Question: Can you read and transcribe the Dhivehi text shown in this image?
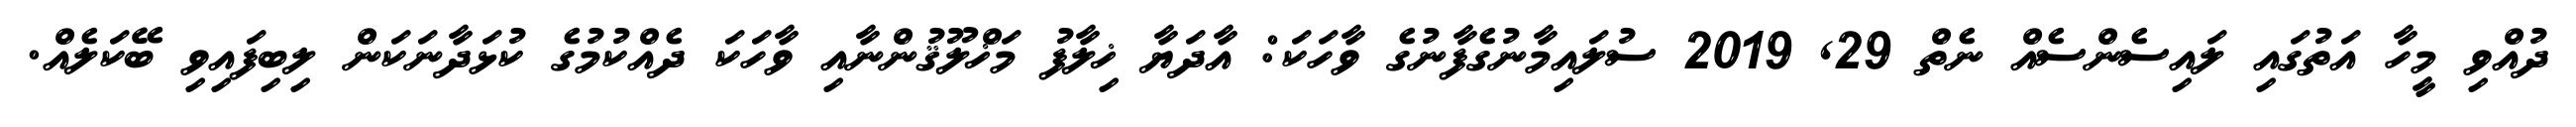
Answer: ދުއްވި މީހާ އަތުގައި ލައިސެންސެއް ނެތް 29, 2019 ސުލައިމާނުގެފާނުގެ ވާހަކަ: އާދަޔާ ޚިލާފު މަޚްލޫޤުންނާއި ވާހަކަ ދެއްކުމުގެ ކުޅަދާނަކަން ލިބިފައިވި ބޭކަލެއް.